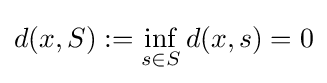
d(x,S):=\inf _{s\in S}d(x,s)=0